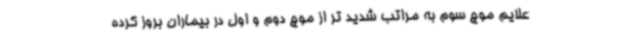
علایم موج سوم به مراتب شدید تر از موج دوم و اول در بیماران بروز کرده